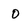
Character: o